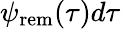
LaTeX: \psi_{\mathrm{rem}}(\tau)d\tau